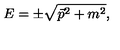
E = \pm \sqrt { \vec { p } ^ { 2 } + m ^ { 2 } } ,